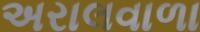
અરાલવાળા